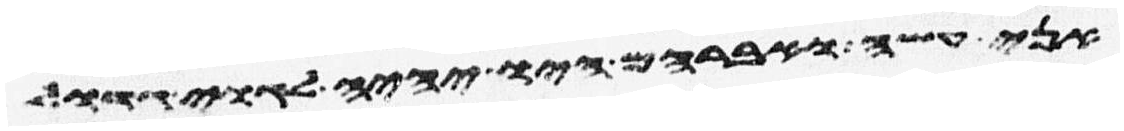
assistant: אני עשה ואברהם היו יהיה לגוי גדול